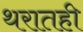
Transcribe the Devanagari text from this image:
थरातही